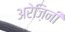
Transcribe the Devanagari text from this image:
अरेज़िनी